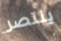
ينتصر